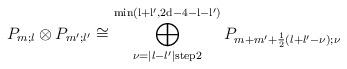
LaTeX: \begin{align*}P_{m;l} \otimes P_{m';l'} \cong \bigoplus\limits_{\nu=\vert l-l' \vert \mathrm{ step } 2}^{\mathrm{min\left( l+l',2d-4-l-l' \right)}} P_{m+m'+\frac{1}{2} \left( l+l'-\nu \right);\nu} \end{align*}